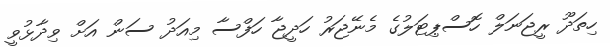
ހިތަދޫ ރީޖަނަލް ހޮސްޕިޓަލުގެ މެނޭޖަރު ހަދީޖާ ހަފްސާ މިއަދު ސަން އަށް ވިދާޅުވީ